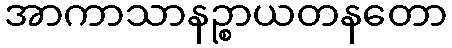
အာကာသာနဉ္စာယတနတော